Reports on military cantonments and civil stations in the Presidency of Bombay inspected by the Sanitary Commissioner in the years 1875 and 1876
Year: 1875
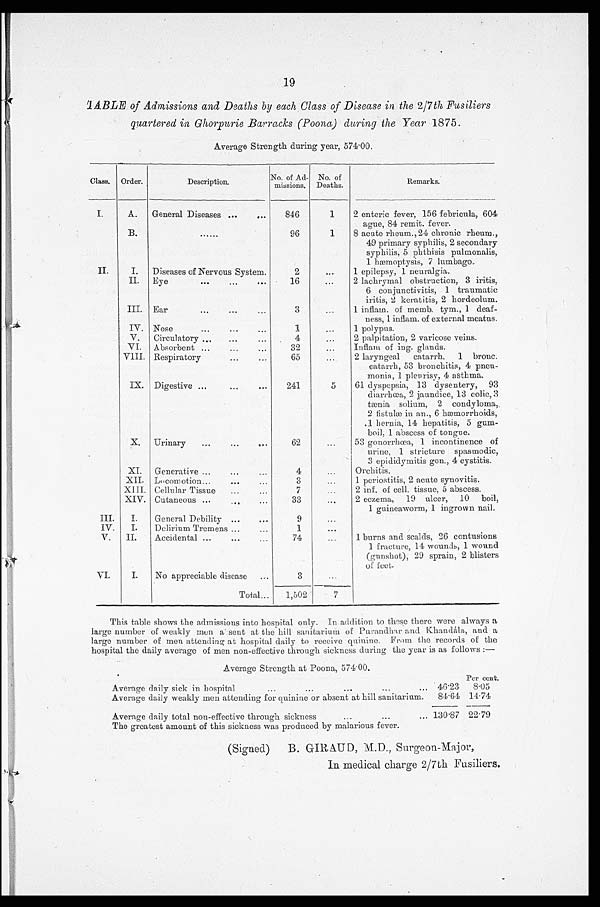
19
TABLE of Admissions and Deaths by each Class of Disease in the 2/7th Fusiliers
quartered in Ghorpurie Barracks (Poona) during the Year 1875.
Average Strength during year, 574.00.
C l a s s .
Order.
Description.
No. of Ad-
missions.
No. of
Deaths.
Remarks.
I.
A.
General Diseases ......
846
1
2 enteric fever, 156 febricula, 604
ague 84 remit. fever.
B
......
96
1
8 acute rheum., 24 chronic rheum.,
49 primary syphilis, 2 secondary
syphilis, 5 phthisis pulmonalis,
1 hæmoptysis, 7 lumbago.
II.
I.
Diseases of Nervous System.
2
. . . .
1 epilepsy, 1 neuralgia.
II.
Eye
...
...
...
16
...
2 lachrymal obstruction, 3 iritis,
6 conjunctivitis, 1 traumatic
iritis, 2 keratitis, 2 hordeolum.
III. Ear
...
..
3
...
I inflam. of memb. tym., 1 deaf-
ness, 1 inflam. of external meatus.
IV. Nose... ...
. . . . . .
1
. . .
1 polypus.
V.
Circulatory ..
...
. ..
4
. . .
2 palpitation, 2 varicose veins.
VI. Absorbent .... . . ...
32
. .
.
Intlam of ing. glands.
VIII. Respiratory. ...
.. .
6 5
.. .
2 laryngeal
catarrh,
1 bronc.
catarrh, 53 bronchitis, 4 pneu-
monia, 1 pleurisy, 4 asthma.
I.X. Digestive ...
...
...
241
5
61 dyspepsia, 13 dysentery, 93
diarrhœa, 2 jaundice, 13 colic, 3
tænia solium, 2 condyloma,.
2 fistulæ in an., 6 hæmorrhoids,
.1 hernia, 14 hepatitis, 5 gum-
boil, 1 abscess of tongue.
X.
Urinary
....
...
6
. . .
53 gonorrhœa, 1 incontinence of
urine, 1 stricture spasmodic,
3 epididymitis gon., 4 cystitis.
XI.
Generative ......
...
4
...
Orchitis.
XII. Locomotion...... ...
3
. . .
1 periostitis, 2 acute synovitis.
XIII. Cellular Tissue
7
. . .
2 inf. of cell. tissue, 5 abscess.
XIV. Cutaneous ......
...
33
'.' . . .
2 eczema, 19 ulcer, 10 boil,
1 guineaworm, 1 ingrown nail.
III.
I.
General Debility ...
...
9
...
1V.
I.
Delirium Tremens ...
...
1
...
V.
II.
Accidental ...
...
...
74
. . .
1 burns and scalds, 26 contusions
1 fracture, 14 wounds, 1 wound
(gunshot), 29 sprain, 2 blisters
of feet.
VI.
I.
No appreciable disease
3
...
Total...
1,502
7
This table shows the admissions into hospital only. In addition to these there were always a
large number of weakly men assent at the hill sanitarium of Purandhar and Khandála, and a
large number of men attending at hospital daily to receive quinine. From the records of the
hospital the daily average of men non-effective through sickness during the year is as follows :
—
Average Strength at Poona, 574.00.
...
Average daily sick in hospital
...
...
...
. .
4 6 . 2 3
Per cent.
8.05
Average daily weakly men attending for quinine or absent at hill sanitarium.
84 . 64 14.74
...
Average daily total non-effective through sickness...
...
The greatest amount of this sickness was produced by malarious fever.
130.87 22.79
(Signed)
B. GIRAUD, M.D., Surgeon-Major,
In medical charge 2/7th Fusiliers.